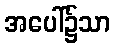
အပေါ်၌သာ